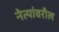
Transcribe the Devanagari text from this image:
नेत्यांवरील